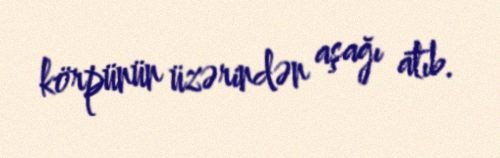
körpünün üzərindən aşağı atıb.